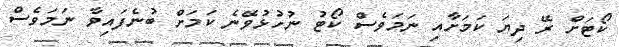
ކޯޓަށް ރޭ ދިޔަ ކަމަށާއި ނަމަވެސް ކޯޓު ނުހުޅުވޭނެ ކަމަށް ބުނެފައިވާ ނަމަވެސް